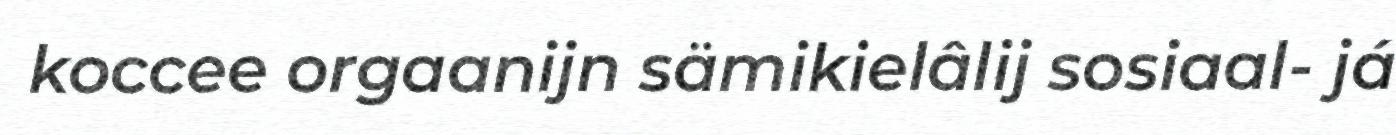
koccee orgaanijn sämikielâlij sosiaal- já